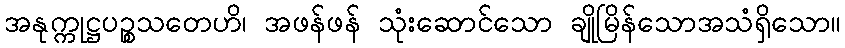
အနုက္ကုဋ္ဌပဉ္စသတေဟိ၊ အဖန်ဖန် သုံးဆောင်သော ချိုမြိန်သောအသံရှိသော။